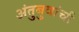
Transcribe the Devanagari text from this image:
अंतुबुवांची